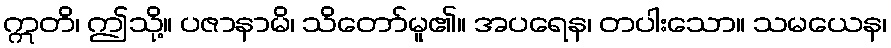
ဣတိ၊ ဤသို့။ ပဇာနာမိ၊ သိတော်မူ၏။ အပရေန၊ တပါးသော။ သမယေန၊